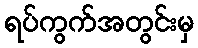
ရပ်ကွက်အတွင်းမှ